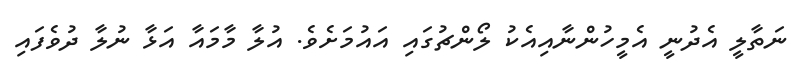
ނަތާލީ އެދުނީ އެމީހުންނާއިއެކު ލޯންޗުގައި އައުމަށެވެ. އުލާ މާމައާ އަޅާ ނުލާ ދުވެފައި